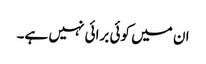
ان میں کوئی برائی نہیں ہے۔